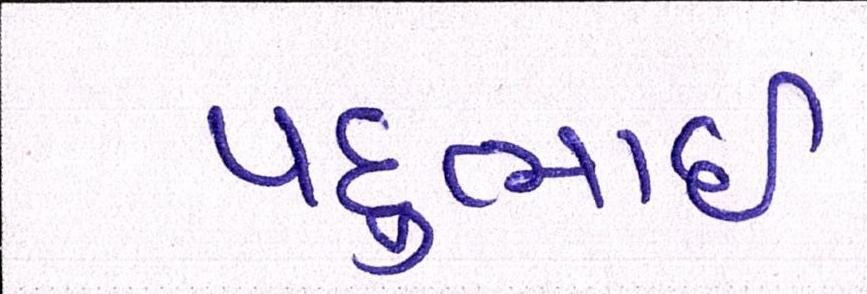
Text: પદુભાઈ